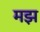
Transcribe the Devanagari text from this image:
मझ